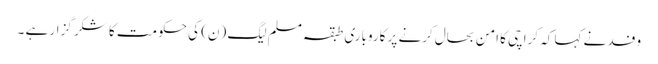
وفد نے کہا کہ کراچی کا امن بحال کرنے پر کاروباری طبقہ مسلم لیگ (ن) کی حکومت کا شکر گزار ہے ۔